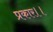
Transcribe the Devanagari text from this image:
प्रकार।।